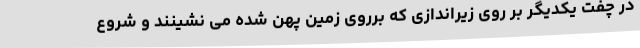
در چفت یکدیگر بر روی زیراندازی که برروی زمین پهن شده می نشینند و شروع